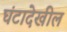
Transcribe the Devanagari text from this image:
घंटादेखील